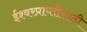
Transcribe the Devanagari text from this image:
ईश्वरप्राप्‍तीसाठी